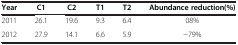
<table><thead><tr><td><b>Year</b></td><td><b>C1</b></td><td><b>C2</b></td><td><b>T1</b></td><td><b>T2</b></td><td><b>Abundance reduction(%)</b></td></tr></thead><tbody><tr><td>2011</td><td>26.1</td><td>19.6</td><td>9.3</td><td>6.4</td><td>08%</td></tr><tr><td>2012</td><td>27.9</td><td>14.1</td><td>6.6</td><td>5.9</td><td>−79%</td></tr></tbody></table>